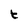
Character: t